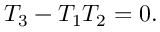
T _ { 3 } - T _ { 1 } T _ { 2 } = 0 .